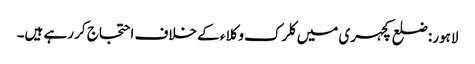
لاہور: ضلع کچہری میں کلرک وکلاء کے خلاف احتجاج کر رہے ہیں۔